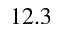
1 2 . 3